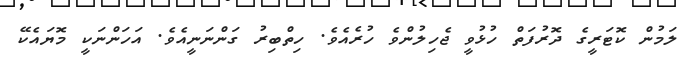
ލަމުން ކޮޓަރީގެ ދޮރުފަތް ހުޅުވީ ޖެހިލުންވެ ހުރެއެވެ. ހިތްބިރު ގަންނަނީއެވެ. އަހަންނަކީ މޮޔައެކޭ